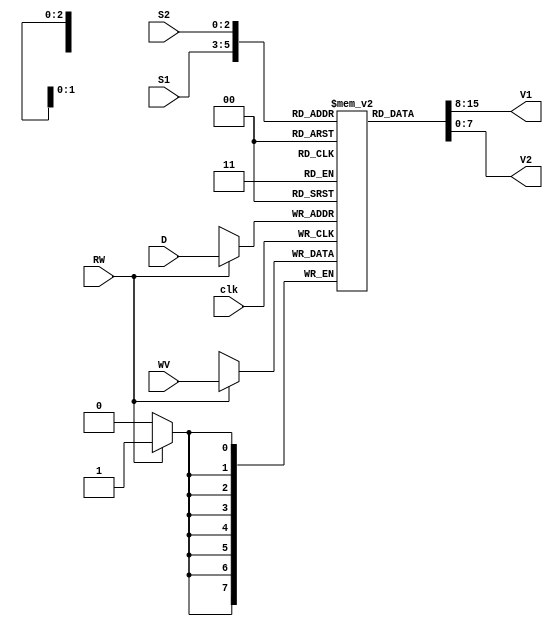
module Register(V1,V2,S1,S2,D,clk,RW,WV);

    input clk,RW;
    input [2:0]S1,S2,D;
    input [7:0]WV;
    output [7:0]V1,V2;

    reg [7:0] Register [7:0];

    always @ (posedge clk)
    begin
        if(RW)
            Register[D] <= WV;
    end

    assign V1 =  Register[S1];
    assign V2 =  Register[S2];

    initial begin
        //Register[5] = 32'h00000005;
        //Register[6] = 32'h00000004;
        
    end

endmodule